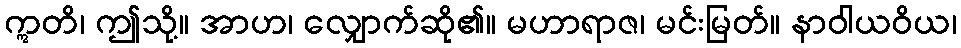
ဣတိ၊ ဤသို့။ အာဟ၊ လျှောက်ဆို၏။ မဟာရာဇ၊ မင်းမြတ်။ နာဝါယဝိယ၊